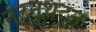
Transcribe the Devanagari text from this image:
नटूनथटून